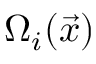
\Omega _ { i } ( \vec { x } )